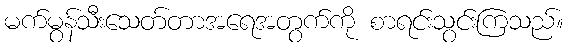
မက်မွန်သီးသေတ်တာအရေအတွက်ကို စာရင်းသွင်းကြသည်။